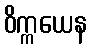
ဝိက္ကယေန